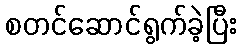
စတင်ဆောင်ရွက်ခဲ့ပြီး